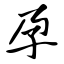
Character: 孕